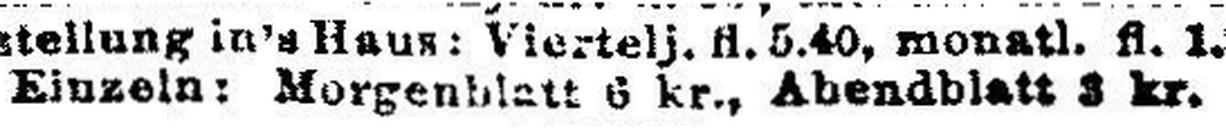
Einzeln: Morgenblatt 6 kr., Abendblatt 3 kr.